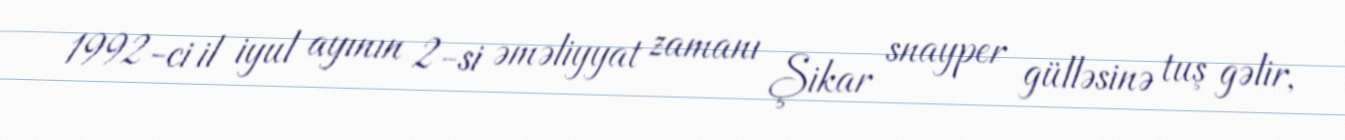
1992-ci il iyul ayının 2-si əməliyyat zamanı Şikar snayper gülləsinə tuş gəlir,